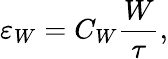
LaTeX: \varepsilon_{W}=C_{W}\frac{W}{\tau},